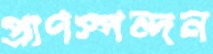
প্রাণস্পন্দন